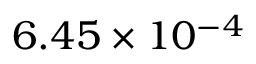
6 . 4 5 \times 1 0 ^ { - 4 }